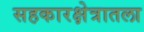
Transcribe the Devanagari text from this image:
सहकारक्षेत्रातला